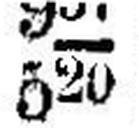
520